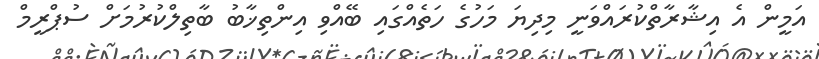
އަމީން އެ އިޝާރާތްކުރައްވަނީ މިދިޔަ މަހުގެ ހަތެއްގައި ބޭއްވި އިންތިޚާބު ބާތިލްކުރުމަށް ސުޕްރީމް